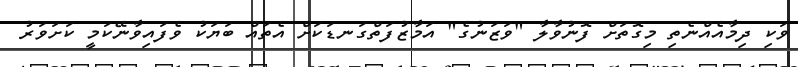
ވަކި ދިމާއެއްނެތި މިގޮތަށް ފޮނުވާލާ "ވަޒަނުގެ" އަމާޒުފަތްގަނޑަކަށް އެތައް ބަޔަކު ވެފައިވާނޭކަމީ ކަށަވަރު